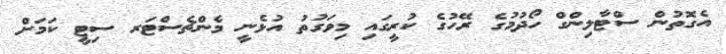
އެގޮތުން ސްޓާލިންގް ހޯދުމުގެ ރޭހުގެ ކުރީގައި މިވަގުތު އުޅެނީ މެންޗެސްޓަރ ސިޓީ ކަމަށް